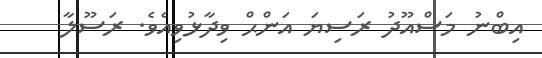
އިބްނު މަސްއޫދު ރަސިޔަ އަންޙް ވިދާޅުވިއެވެ. ރަސޫލާ